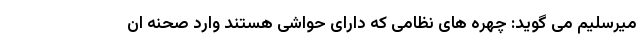
میرسلیم می گوید: چهره های نظامی که دارای حواشی هستند وارد صحنه ان